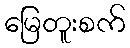
မြေတူးစက်